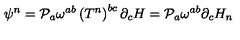
\psi ^ { n } = { \cal { P } } _ { a } \omega ^ { a b } \left( T ^ { n } \right) ^ { b c } \partial _ { c } H = { \cal { P } } _ { a } \omega ^ { a b } \partial _ { c } H _ { n }